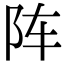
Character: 阵